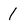
Character: 1